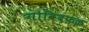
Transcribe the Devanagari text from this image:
गोविंदफळ